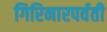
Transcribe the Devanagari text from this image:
गिरिनारपर्वती